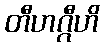
တီဟဂ္ဂီဟိ